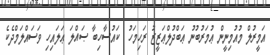
އަމީރުލް މުއުމިނީން ޢުމަރުބުނު ޢަބްދުލްޢަޒީޒު ރަހިމަހު  ކައުސާހިބާ ޞައްލަ ޢަލައިހި ވަސައްލަމްދެކެ